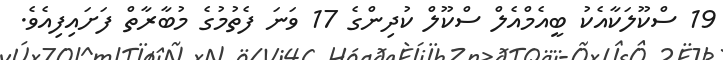
19 ސްކޫލަކާއެކު ބީއެމްއެލް ސްކޫލް ކުދިންގެ 17 ވަނަ ފެތުމުގެ މުބާރާތް ފަށައިފިއެވެ.